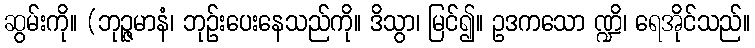
ဆွမ်းကို။ (ဘုဉ္ဇမာနံ၊ ဘုဉ်းပေးနေသည်ကို။ ဒိသွာ၊ မြင်၍။ ဥဒကသော ဏ္ဍိ၊ ရေအိုင်သည်။